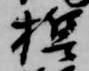
誓